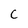
Character: C